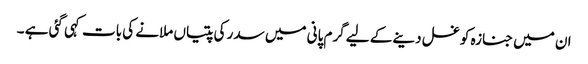
ان میں جنازہ کو غسل دینے کے لیے گرم پانی میں سدر کی پتیاں ملانے کی بات کہی گئی ہے ۔